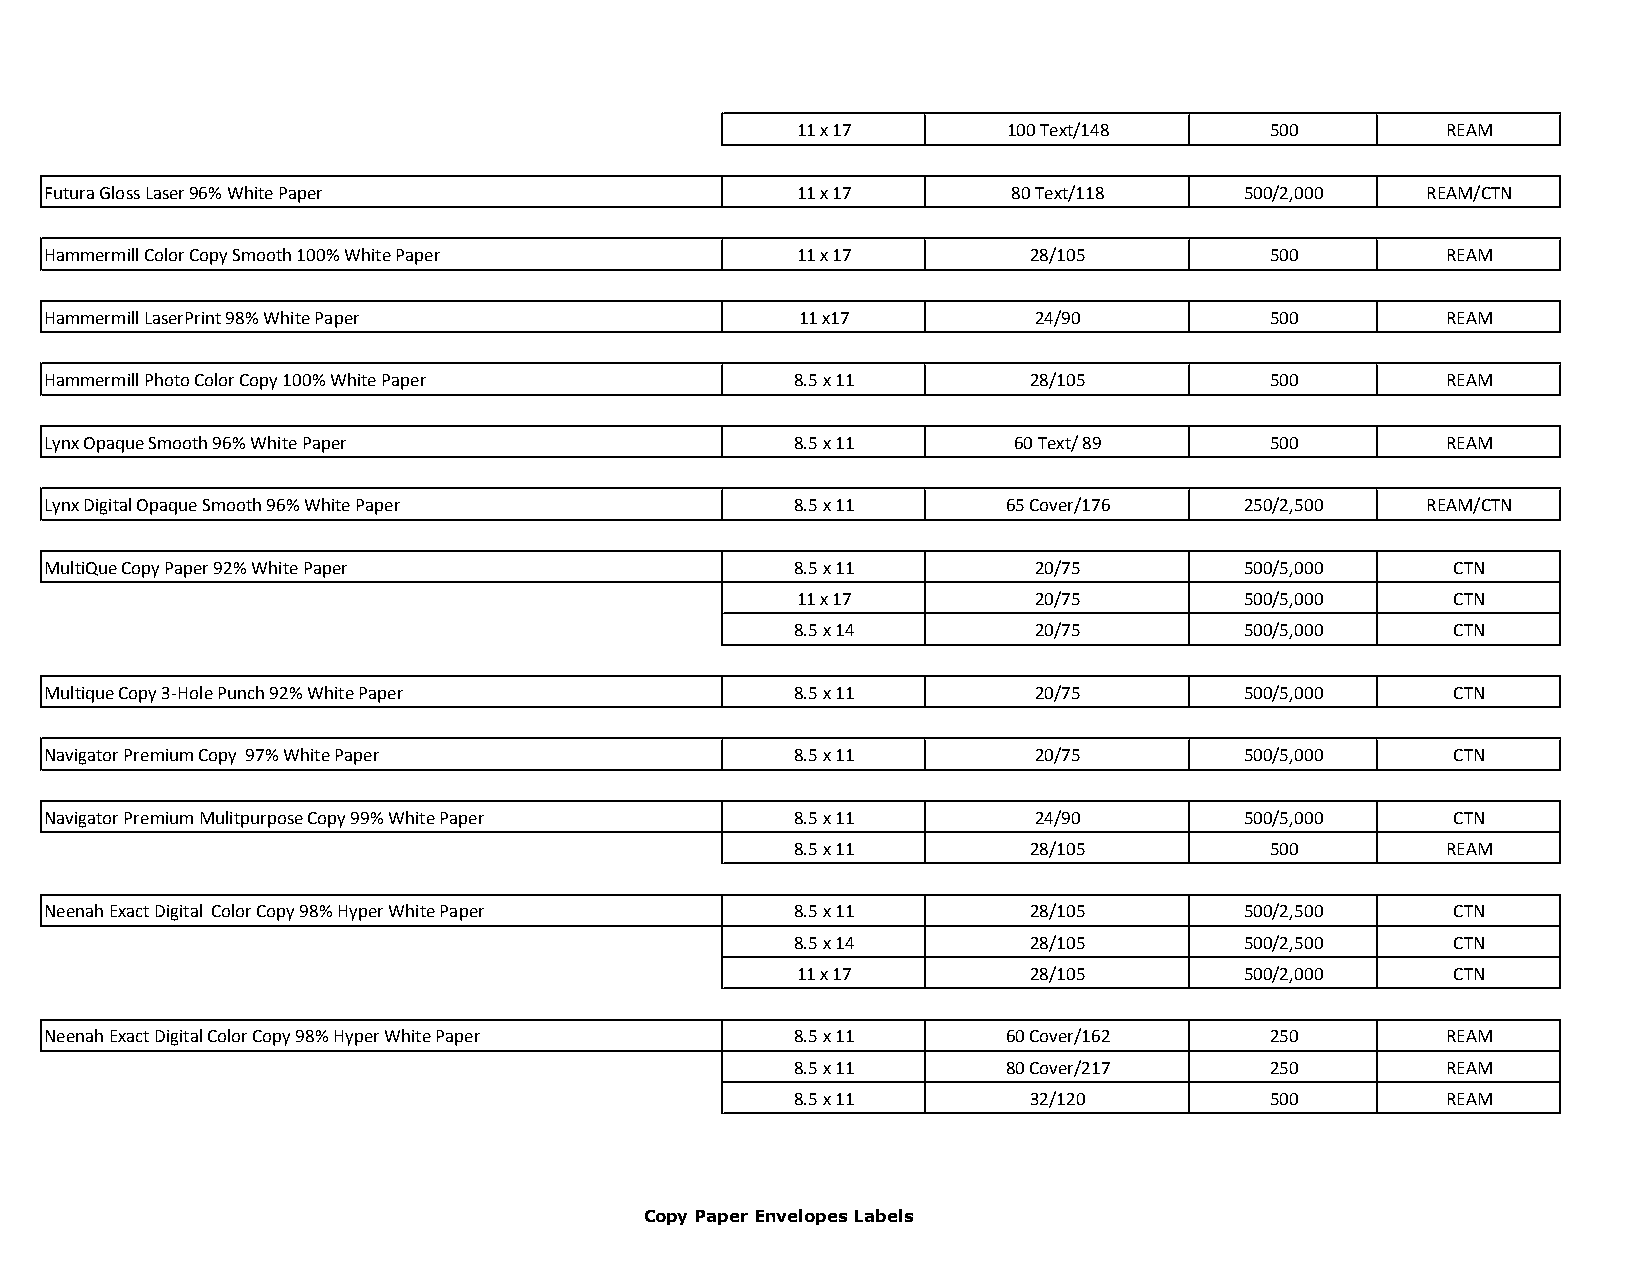
11 x 17       100 Text/148     500         REAM
 Futura Gloss Laser 96% White Paper                11 x 17       80 Text/118    500/2,000   REAM/CTN
 Hammermill Color Copy Smooth 100% White Paper     11 x 17        28/105          500         REAM
 Hammermill LaserPrint 98% White Paper             11 x17         24/90           500         REAM
 Hammermill Photo Color Copy 100% White Paper      8.5 x 11       28/105          500         REAM
 Lynx Opaque Smooth 96% White Paper                8.5 x 11      60 Text/ 89      500         REAM
 Lynx Digital Opaque Smooth 96% White Paper        8.5 x 11      65 Cover/176   250/2,500   REAM/CTN
 MultiQue Copy Paper 92% White Paper               8.5 x 11       20/75         500/5,000     CTN
 11 x 17        20/75         500/5,000     CTN
 8.5 x 14       20/75         500/5,000     CTN
 Multique Copy 3-Hole Punch 92% White Paper        8.5 x 11       20/75         500/5,000     CTN
 Navigator Premium Copy 97% White Paper            8.5 x 11       20/75         500/5,000     CTN
 Navigator Premium Mulitpurpose Copy 99% White Paper 8.5 x 11     24/90         500/5,000     CTN
 8.5 x 11       28/105          500         REAM
 Neenah Exact Digital Color Copy 98% Hyper White Paper 8.5 x 11   28/105        500/2,500     CTN
 8.5 x 14       28/105        500/2,500     CTN
 11 x 17        28/105        500/2,000     CTN
 Neenah Exact Digital Color Copy 98% Hyper White Paper 8.5 x 11  60 Cover/162     250         REAM
 8.5 x 11      80 Cover/217     250         REAM
 8.5 x 11       32/120          500         REAM
 Copy Paper Envelopes Labels